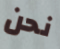
نحن